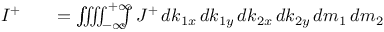
\begin{array} { r l r } { I ^ { + } } & { { } } & { = \int \! \! \! \! \! \iiiint \displaylimits _ { - \infty } ^ { + \infty } \! \! \! \! \! \int J ^ { + } \, d k _ { 1 x } \, d k _ { 1 y } \, d k _ { 2 x } \, d k _ { 2 y } \, d m _ { 1 } \, d m _ { 2 } } \end{array}